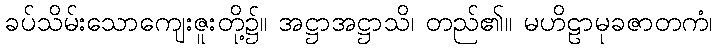
ခပ်သိမ်းသောကျေးဇူးတို့၌။ အဋ္ဌာအဋ္ဌာသိ၊ တည်၏။ မဟိဠာမုခဇာတကံ၊